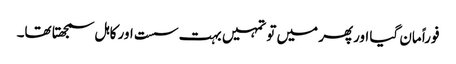
فوراً مان گیا اورپھر میں تو تمہیں بہت سست اور کاہل سمجھتا تھا۔